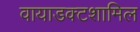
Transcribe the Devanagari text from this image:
वायाडक्टशामिल